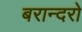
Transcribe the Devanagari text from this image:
बरान्दरो